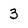
Character: 3